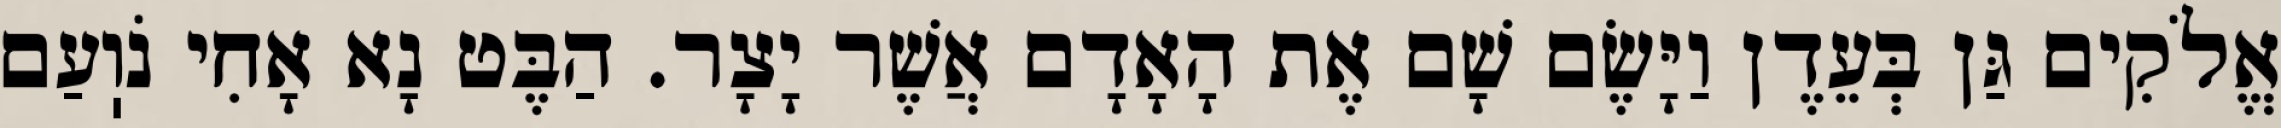
אֱלֹקִים גַּן בְּעֵדֶן וַיָּשֶׂם שָׁם אֶת הָאָדָם אֲשֶׁר יָצָר. הַבֶּט נָא אָחִי נֹוֽעַם